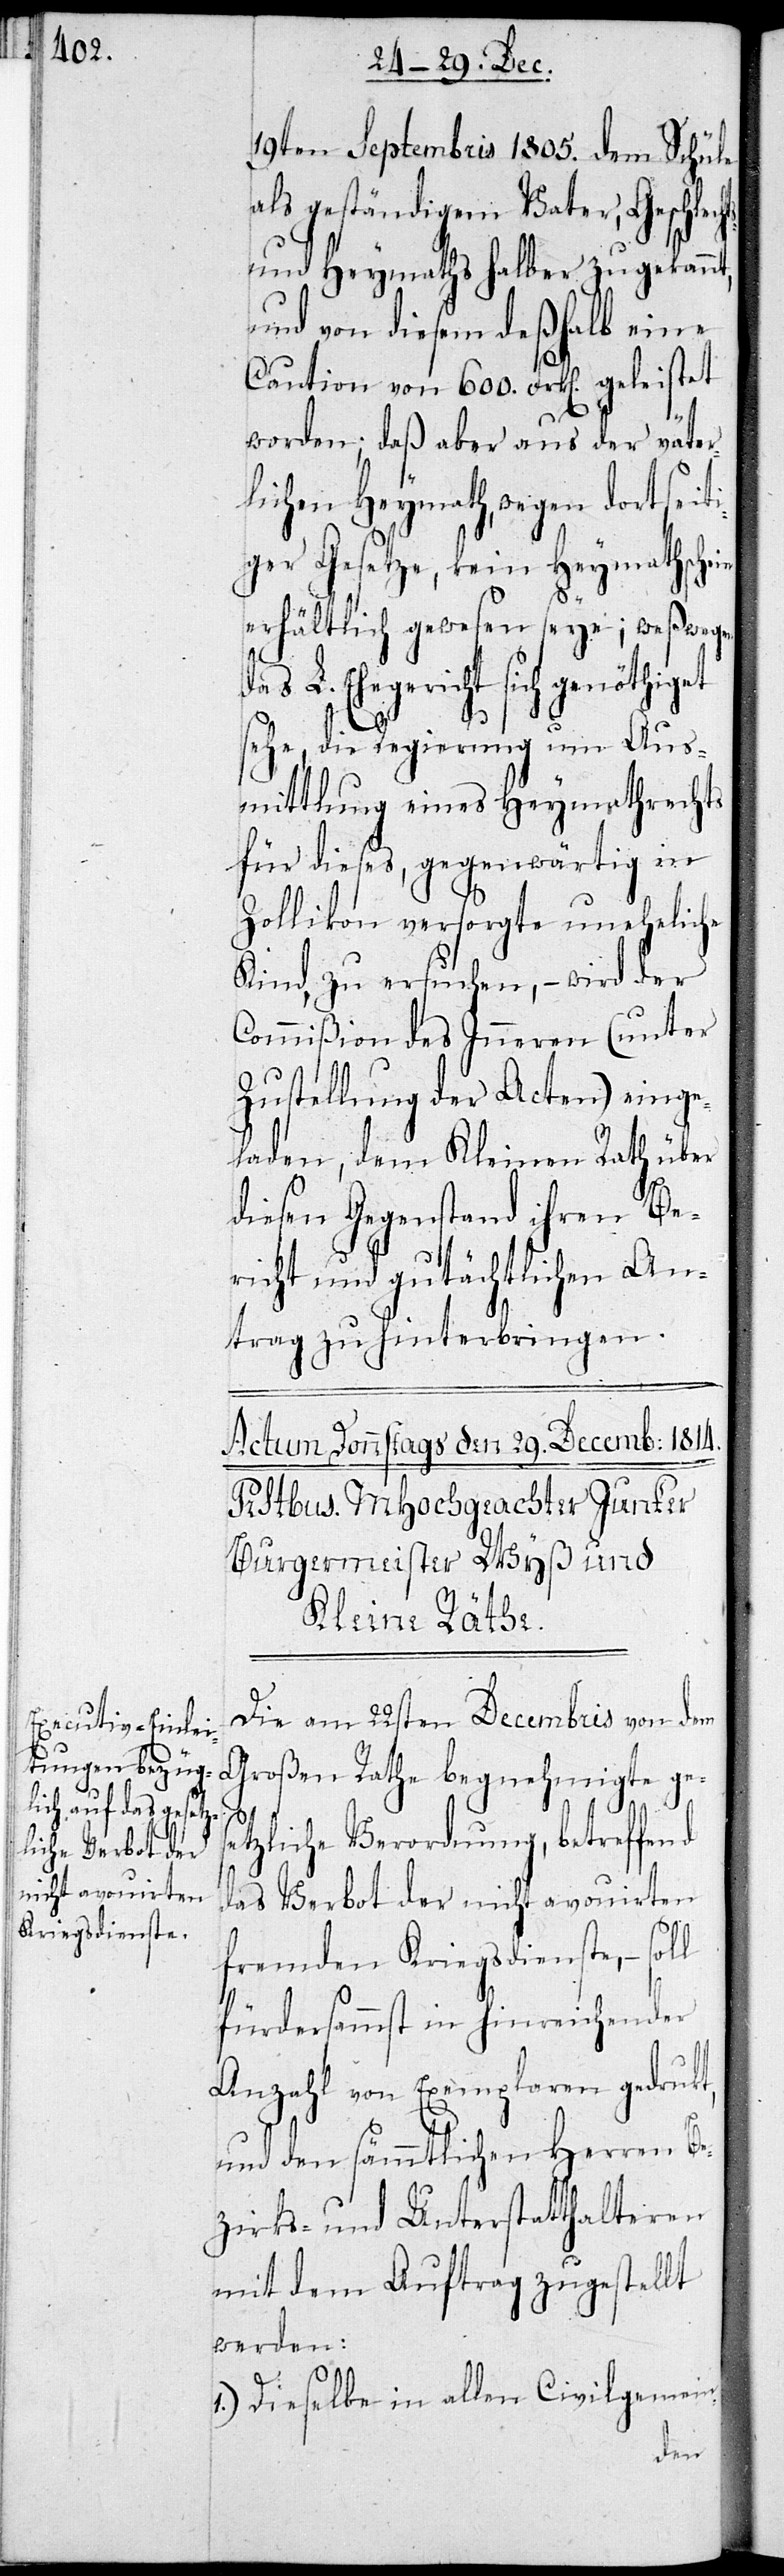
19ten Septembris 1805. dem Schüle
als geständigem Vater, Geschlech¬
und Heymaths halber zugekann¬
und von diesem deshalb eine
Kaution von 600. Frken. geleistet
worden; daß aber aus der väter¬
lichen Heymath, wegen dortseit¬
iger Gesetze, kein Heymathschein
erhältlich gewesen seye; weswegen
sich genöthiget
sehe, die Regierung um Aus¬
mittlung eines Heymathrechts
für dieses, gegenwärtig in
Zollikon versorgte uneheliche
Kind zu ersuchen, – wird der
Commißion des Inneren (unter
Zustellung der Acten) einge¬
laden, dem Kleinen Rath über
diesen Gegenstand ihren Be¬
richt und gütächtlichen An¬
trag zu hinterbringen.
Die am 22sten Decembris von dem
Großen Rathe begnehmigte ge¬
l
etzliche Verordnung, betreffend
das Verbot der nicht avouirten
fremden Kriegsdienste, – sol¬
fürdersammst in hinreichender
Anzahl von Exemplaren gedrukt,
und den sämmtlichen Herren Be¬
zirks- und Unterstatthalteren
mit dem Auftrag zugestellt
werden:
1.) Dieselbe in allen Civilgemein-